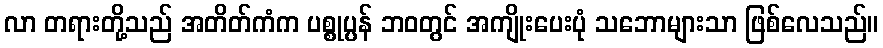
လာ တရားတို့သည် အတိတ်ကံက ပစ္စုပ္ပန် ဘဝတွင် အကျိုးပေးပုံ သဘောများသာ ဖြစ်လေသည်။